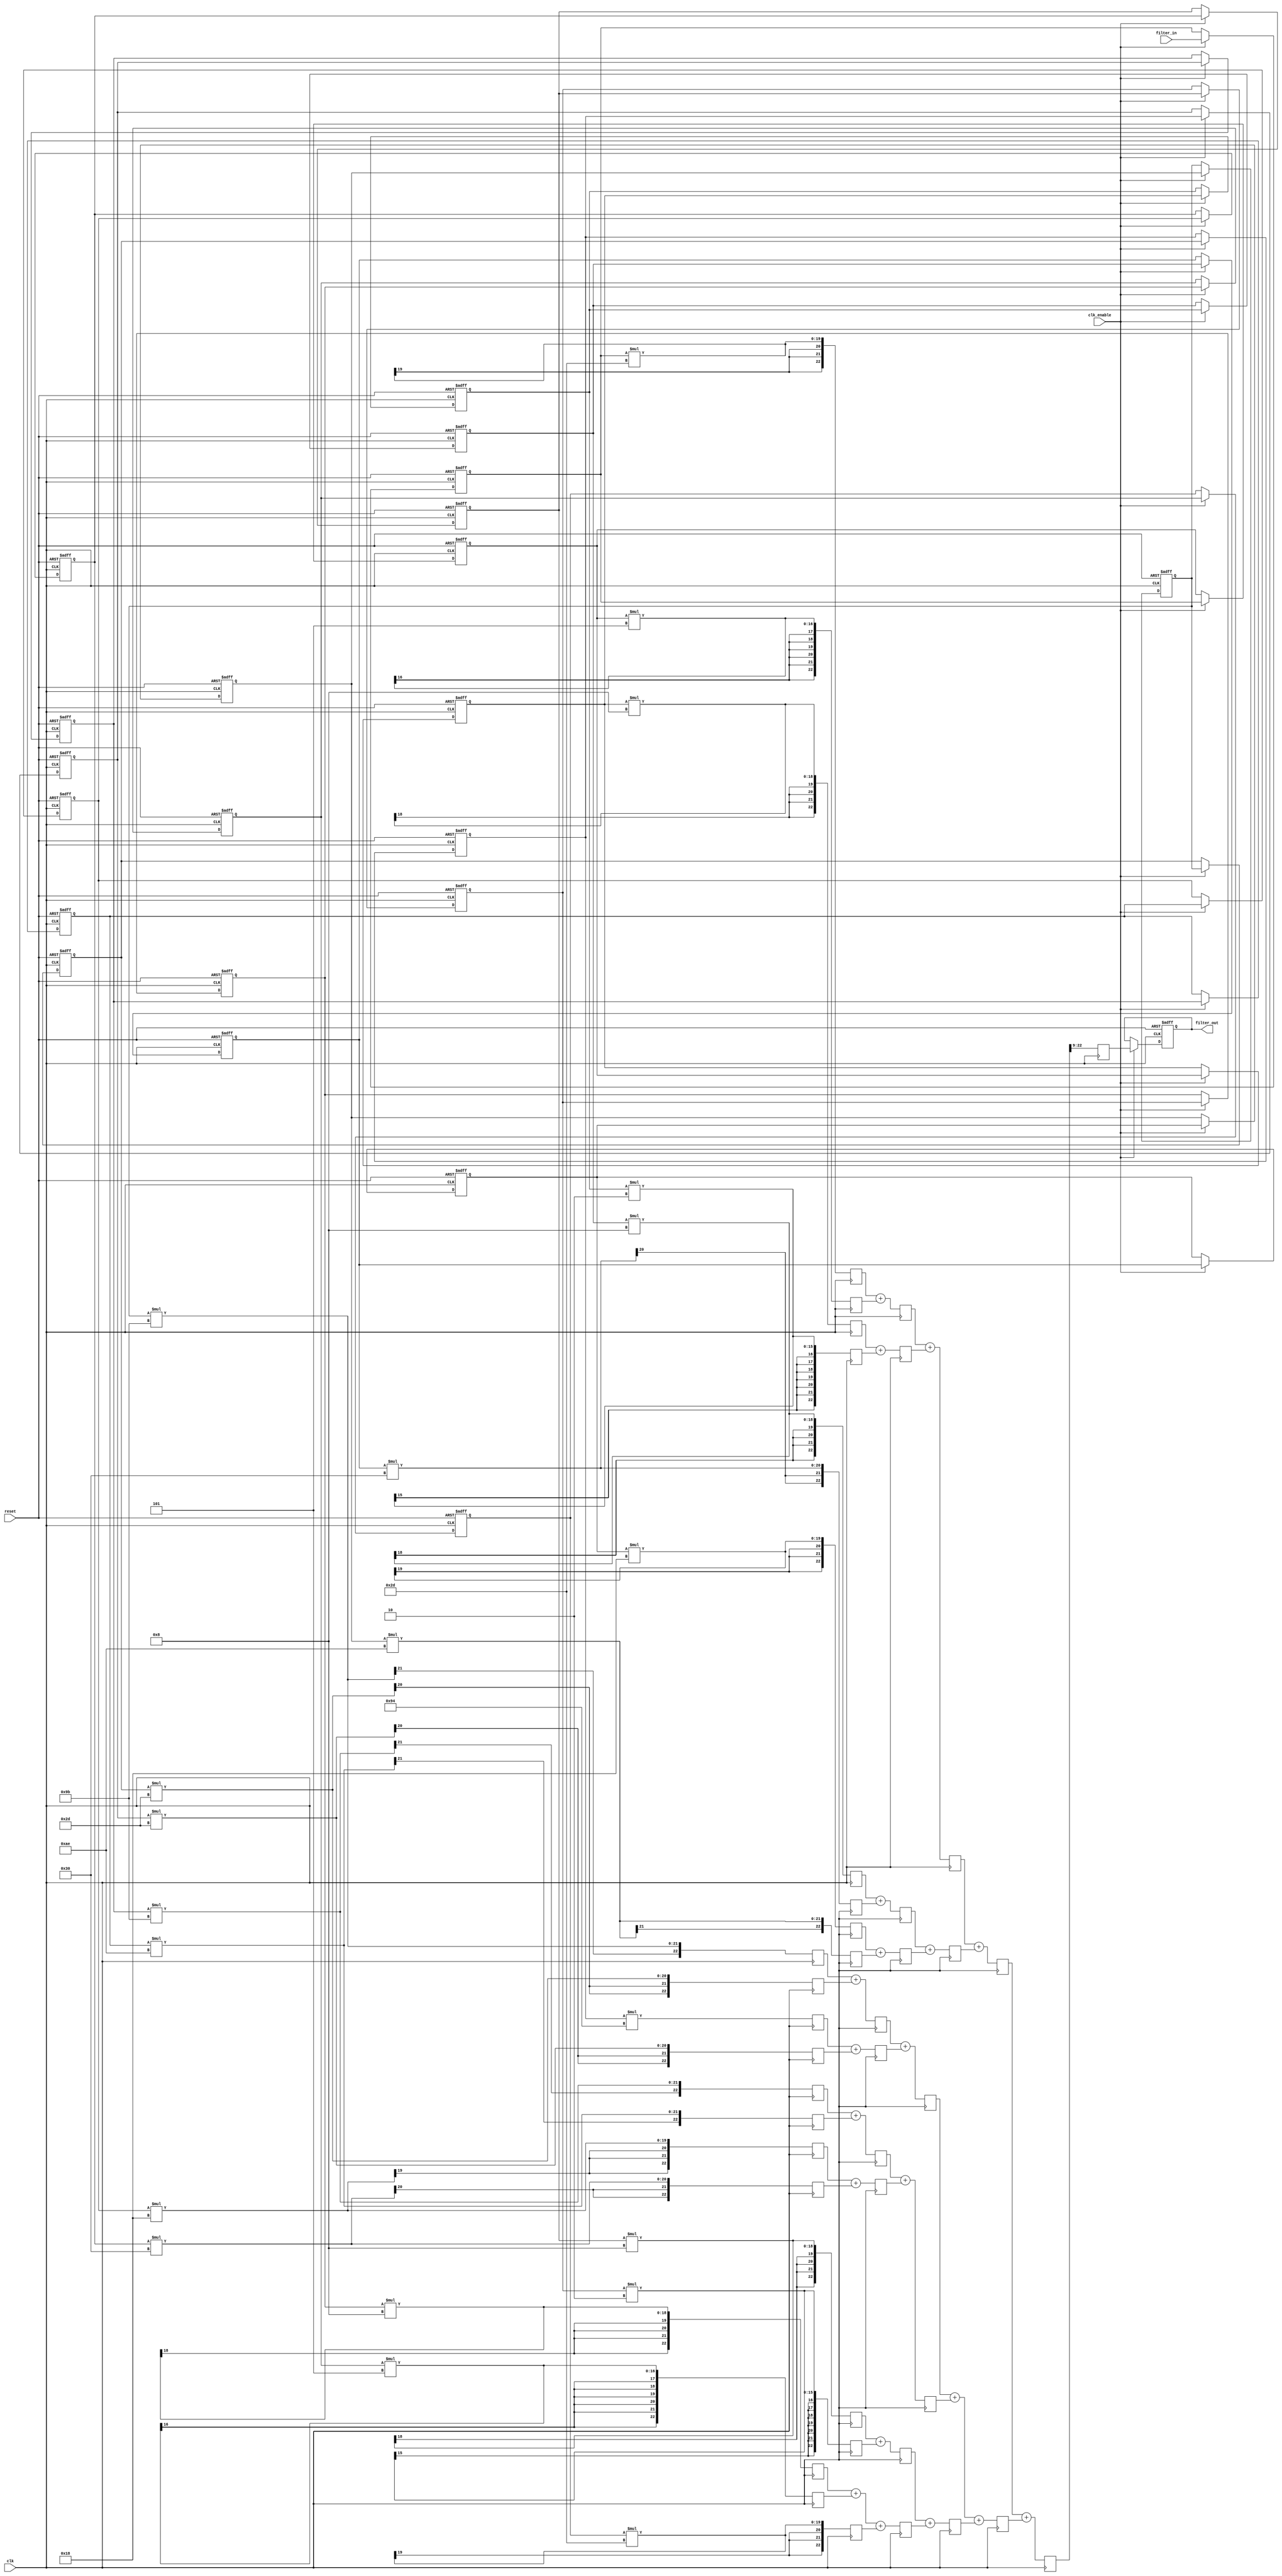

`timescale 1 ns / 1 ns

module filter
               (
                clk,
                clk_enable,
                reset,
                filter_in,
                filter_out
                );

  input   clk; 
  input   clk_enable; 
  input   reset; 
  input   signed [13:0] filter_in; //sfix14_En13
  output  signed [13:0] filter_out; //sfix14_En13

////////////////////////////////////////////////////////////////
//Module Architecture: filter
////////////////////////////////////////////////////////////////
  // Local Functions
  // Type Definitions
  // Constants
  parameter signed [9:0] coeff1 = 10'b1111101101; //sfix10_En9
  parameter signed [9:0] coeff2 = 10'b1111111101; //sfix10_En9
  parameter signed [9:0] coeff3 = 10'b0000001000; //sfix10_En9
  parameter signed [9:0] coeff4 = 10'b1111111110; //sfix10_En9
  parameter signed [9:0] coeff5 = 10'b0000001000; //sfix10_En9
  parameter signed [9:0] coeff6 = 10'b0000110000; //sfix10_En9
  parameter signed [9:0] coeff7 = 10'b0000011000; //sfix10_En9
  parameter signed [9:0] coeff8 = 10'b1110101110; //sfix10_En9
  parameter signed [9:0] coeff9 = 10'b1110011011; //sfix10_En9
  parameter signed [9:0] coeff10 = 10'b0000101101; //sfix10_En9
  parameter signed [9:0] coeff11 = 10'b0010010100; //sfix10_En9
  parameter signed [9:0] coeff12 = 10'b0000101101; //sfix10_En9
  parameter signed [9:0] coeff13 = 10'b1110011011; //sfix10_En9
  parameter signed [9:0] coeff14 = 10'b1110101110; //sfix10_En9
  parameter signed [9:0] coeff15 = 10'b0000011000; //sfix10_En9
  parameter signed [9:0] coeff16 = 10'b0000110000; //sfix10_En9
  parameter signed [9:0] coeff17 = 10'b0000001000; //sfix10_En9
  parameter signed [9:0] coeff18 = 10'b1111111110; //sfix10_En9
  parameter signed [9:0] coeff19 = 10'b0000001000; //sfix10_En9
  parameter signed [9:0] coeff20 = 10'b1111111101; //sfix10_En9
  parameter signed [9:0] coeff21 = 10'b1111101101; //sfix10_En9

  // Signals
  reg  signed [13:0] delay_pipeline [0:20] ; // sfix14_En13
  wire signed [23:0] product21; // sfix24_En22
  wire signed [23:0] product20; // sfix24_En22
  wire signed [23:0] product19; // sfix24_En22
  wire signed [23:0] product18; // sfix24_En22
  wire signed [14:0] mulpwr2_temp; // sfix15_En13
  wire signed [23:0] product17; // sfix24_En22
  wire signed [23:0] product16; // sfix24_En22
  wire signed [23:0] product15; // sfix24_En22
  wire signed [23:0] product14; // sfix24_En22
  wire signed [23:0] product13; // sfix24_En22
  wire signed [23:0] product12; // sfix24_En22
  wire signed [23:0] product11; // sfix24_En22
  wire signed [23:0] product10; // sfix24_En22
  wire signed [23:0] product9; // sfix24_En22
  wire signed [23:0] product8; // sfix24_En22
  wire signed [23:0] product7; // sfix24_En22
  wire signed [23:0] product6; // sfix24_En22
  wire signed [23:0] product5; // sfix24_En22
  wire signed [23:0] product4; // sfix24_En22
  wire signed [14:0] mulpwr2_temp_1; // sfix15_En13
  wire signed [23:0] product3; // sfix24_En22
  wire signed [23:0] product2; // sfix24_En22
  wire signed [24:0] product1_cast; // sfix25_En22
  wire signed [23:0] product1; // sfix24_En22
  wire signed [24:0] sum1; // sfix25_En22
  wire signed [24:0] add_signext; // sfix25_En22
  wire signed [24:0] add_signext_1; // sfix25_En22
  wire signed [25:0] add_temp; // sfix26_En22
  wire signed [24:0] sum2; // sfix25_En22
  wire signed [24:0] add_signext_2; // sfix25_En22
  wire signed [24:0] add_signext_3; // sfix25_En22
  wire signed [25:0] add_temp_1; // sfix26_En22
  wire signed [24:0] sum3; // sfix25_En22
  wire signed [24:0] add_signext_4; // sfix25_En22
  wire signed [24:0] add_signext_5; // sfix25_En22
  wire signed [25:0] add_temp_2; // sfix26_En22
  wire signed [24:0] sum4; // sfix25_En22
  wire signed [24:0] add_signext_6; // sfix25_En22
  wire signed [24:0] add_signext_7; // sfix25_En22
  wire signed [25:0] add_temp_3; // sfix26_En22
  wire signed [24:0] sum5; // sfix25_En22
  wire signed [24:0] add_signext_8; // sfix25_En22
  wire signed [24:0] add_signext_9; // sfix25_En22
  wire signed [25:0] add_temp_4; // sfix26_En22
  wire signed [24:0] sum6; // sfix25_En22
  wire signed [24:0] add_signext_10; // sfix25_En22
  wire signed [24:0] add_signext_11; // sfix25_En22
  wire signed [25:0] add_temp_5; // sfix26_En22
  wire signed [24:0] sum7; // sfix25_En22
  wire signed [24:0] add_signext_12; // sfix25_En22
  wire signed [24:0] add_signext_13; // sfix25_En22
  wire signed [25:0] add_temp_6; // sfix26_En22
  wire signed [24:0] sum8; // sfix25_En22
  wire signed [24:0] add_signext_14; // sfix25_En22
  wire signed [24:0] add_signext_15; // sfix25_En22
  wire signed [25:0] add_temp_7; // sfix26_En22
  wire signed [24:0] sum9; // sfix25_En22
  wire signed [24:0] add_signext_16; // sfix25_En22
  wire signed [24:0] add_signext_17; // sfix25_En22
  wire signed [25:0] add_temp_8; // sfix26_En22
  wire signed [24:0] sum10; // sfix25_En22
  wire signed [24:0] add_signext_18; // sfix25_En22
  wire signed [24:0] add_signext_19; // sfix25_En22
  wire signed [25:0] add_temp_9; // sfix26_En22
  wire signed [24:0] sum11; // sfix25_En22
  wire signed [24:0] add_signext_20; // sfix25_En22
  wire signed [24:0] add_signext_21; // sfix25_En22
  wire signed [25:0] add_temp_10; // sfix26_En22
  wire signed [24:0] sum12; // sfix25_En22
  wire signed [24:0] add_signext_22; // sfix25_En22
  wire signed [24:0] add_signext_23; // sfix25_En22
  wire signed [25:0] add_temp_11; // sfix26_En22
  wire signed [24:0] sum13; // sfix25_En22
  wire signed [24:0] add_signext_24; // sfix25_En22
  wire signed [24:0] add_signext_25; // sfix25_En22
  wire signed [25:0] add_temp_12; // sfix26_En22
  wire signed [24:0] sum14; // sfix25_En22
  wire signed [24:0] add_signext_26; // sfix25_En22
  wire signed [24:0] add_signext_27; // sfix25_En22
  wire signed [25:0] add_temp_13; // sfix26_En22
  wire signed [24:0] sum15; // sfix25_En22
  wire signed [24:0] add_signext_28; // sfix25_En22
  wire signed [24:0] add_signext_29; // sfix25_En22
  wire signed [25:0] add_temp_14; // sfix26_En22
  wire signed [24:0] sum16; // sfix25_En22
  wire signed [24:0] add_signext_30; // sfix25_En22
  wire signed [24:0] add_signext_31; // sfix25_En22
  wire signed [25:0] add_temp_15; // sfix26_En22
  wire signed [24:0] sum17; // sfix25_En22
  wire signed [24:0] add_signext_32; // sfix25_En22
  wire signed [24:0] add_signext_33; // sfix25_En22
  wire signed [25:0] add_temp_16; // sfix26_En22
  wire signed [24:0] sum18; // sfix25_En22
  wire signed [24:0] add_signext_34; // sfix25_En22
  wire signed [24:0] add_signext_35; // sfix25_En22
  wire signed [25:0] add_temp_17; // sfix26_En22
  wire signed [24:0] sum19; // sfix25_En22
  wire signed [24:0] add_signext_36; // sfix25_En22
  wire signed [24:0] add_signext_37; // sfix25_En22
  wire signed [25:0] add_temp_18; // sfix26_En22
  wire signed [24:0] sum20; // sfix25_En22
  wire signed [24:0] add_signext_38; // sfix25_En22
  wire signed [24:0] add_signext_39; // sfix25_En22
  wire signed [25:0] add_temp_19; // sfix26_En22
  wire signed [13:0] output_typeconvert; // sfix14_En13
  reg  signed [13:0] output_register; // sfix14_En13

// adding new Pipe Line ***************************************************************************************************** //
  reg signed [23:0] Product_pipe_0;
  reg signed [23:0] Product_pipe_1;
  reg signed [23:0] Product_pipe_2;
  reg signed [23:0] Product_pipe_3;
  reg signed [23:0] Product_pipe_4;
  reg signed [23:0] Product_pipe_5;
  reg signed [23:0] Product_pipe_6;
  reg signed [23:0] Product_pipe_7;
  reg signed [23:0] Product_pipe_8;
  reg signed [23:0] Product_pipe_9;
  reg signed [23:0] Product_pipe_10;
  reg signed [23:0] Product_pipe_11;
  reg signed [23:0] Product_pipe_12;
  reg signed [23:0] Product_pipe_13;
  reg signed [23:0] Product_pipe_14;
  reg signed [23:0] Product_pipe_15;
  reg signed [23:0] Product_pipe_16;
  reg signed [23:0] Product_pipe_17;
  reg signed [23:0] Product_pipe_18;
  reg signed [23:0] Product_pipe_19;
  reg signed [23:0] Product_pipe_20; 

  reg signed [23:0] Adder_Tree_0;
  reg signed [23:0] Adder_Tree_1;
  reg signed [23:0] Adder_Tree_2;
  reg signed [23:0] Adder_Tree_3;
  reg signed [23:0] Adder_Tree_4;
  reg signed [23:0] Adder_Tree_5;
  reg signed [23:0] Adder_Tree_6;
  reg signed [23:0] Adder_Tree_7;
  reg signed [23:0] Adder_Tree_8;
  reg signed [23:0] Adder_Tree_9;

// stage 2'nd for adding tree *************************************************************************************************  //
  reg signed [23:0] Adder_TreeB_0;
  reg signed [23:0] Adder_TreeB_1;
  reg signed [23:0] Adder_TreeB_2;
  reg signed [23:0] Adder_TreeB_3;
  reg signed [23:0] Adder_TreeB_4;

// stage 3'nd for adding tree *************************************************************************************************  //
  reg signed [23:0] Adder_TreeC_0;
  reg signed [23:0] Adder_TreeC_1;
  reg signed [23:0] Adder_TreeC_2;

  reg signed [23:0] Adder_TreeD_0;

  reg signed [13:0] output_staged;

  always @(posedge clk )
    begin 
      // Register Product Results
      Product_pipe_0 <= delay_pipeline[0] * coeff1;
      Product_pipe_1 <= delay_pipeline[1] * coeff2;
      Product_pipe_2 <= delay_pipeline[2] * coeff3;
      Product_pipe_3 <= delay_pipeline[3] * coeff4;
      Product_pipe_4 <= delay_pipeline[4] * coeff5;
      Product_pipe_5 <= delay_pipeline[5] * coeff6;
      Product_pipe_6 <= delay_pipeline[6] * coeff7;
      Product_pipe_7 <= delay_pipeline[7] * coeff8;
      Product_pipe_8 <= delay_pipeline[8] * coeff9;
      Product_pipe_9 <= delay_pipeline[9] * coeff10;
      Product_pipe_10 <= delay_pipeline[10] * coeff11;
      Product_pipe_11 <= delay_pipeline[11] * coeff12;
      Product_pipe_12 <= delay_pipeline[12] * coeff13;
      Product_pipe_13 <= delay_pipeline[13] * coeff14;
      Product_pipe_14 <= delay_pipeline[14] * coeff15;
      Product_pipe_15 <= delay_pipeline[15] * coeff16;
      Product_pipe_16 <= delay_pipeline[16] * coeff17;
      Product_pipe_17 <= delay_pipeline[17] * coeff18;
      Product_pipe_18 <= delay_pipeline[18] * coeff19;
      Product_pipe_19 <= delay_pipeline[19] * coeff20;
      Product_pipe_20 <= delay_pipeline[20] * coeff21;

// Adder Tree ******************************************************************************************************************* //
      Adder_Tree_0 <= Product_pipe_0 + Product_pipe_1;
      Adder_Tree_1 <= Product_pipe_2 + Product_pipe_3;
      Adder_Tree_2 <= Product_pipe_4 + Product_pipe_5;
      Adder_Tree_3 <= Product_pipe_6 + Product_pipe_7;
      Adder_Tree_4 <= Product_pipe_8 + Product_pipe_9;
      Adder_Tree_5 <= Product_pipe_10 + Product_pipe_11;
      Adder_Tree_6 <= Product_pipe_12 + Product_pipe_13;
      Adder_Tree_7 <= Product_pipe_14 + Product_pipe_15;
      Adder_Tree_8 <= Product_pipe_16 + Product_pipe_17;
      Adder_Tree_9 <= Product_pipe_18 + Product_pipe_19 + Product_pipe_20;
      
      Adder_TreeB_0 <= Adder_Tree_0 + Adder_Tree_1;
      Adder_TreeB_1 <= Adder_Tree_2 + Adder_Tree_3;
      Adder_TreeB_2 <= Adder_Tree_4 + Adder_Tree_5;
      Adder_TreeB_3 <= Adder_Tree_6 + Adder_Tree_7;
      Adder_TreeB_4 <= Adder_Tree_8 + Adder_Tree_9;

      Adder_TreeC_0 <= Adder_TreeB_0 + Adder_TreeB_1;
      Adder_TreeC_1 <= Adder_TreeB_2 + Adder_TreeB_3 + Adder_TreeB_4;

      Adder_TreeD_0 <= Adder_TreeC_0 + Adder_TreeC_1;

      output_staged <= {Adder_TreeD_0[22:9]};
      


      
    end   
  // Block Statements
  always @( posedge clk or posedge reset)
    begin: Delay_Pipeline_process
      if (reset == 1'b1) begin
        delay_pipeline[0] <= 0;
        delay_pipeline[1] <= 0;
        delay_pipeline[2] <= 0;
        delay_pipeline[3] <= 0;
        delay_pipeline[4] <= 0;
        delay_pipeline[5] <= 0;
        delay_pipeline[6] <= 0;
        delay_pipeline[7] <= 0;
        delay_pipeline[8] <= 0;
        delay_pipeline[9] <= 0;
        delay_pipeline[10] <= 0;
        delay_pipeline[11] <= 0;
        delay_pipeline[12] <= 0;
        delay_pipeline[13] <= 0;
        delay_pipeline[14] <= 0;
        delay_pipeline[15] <= 0;
        delay_pipeline[16] <= 0;
        delay_pipeline[17] <= 0;
        delay_pipeline[18] <= 0;
        delay_pipeline[19] <= 0;
        delay_pipeline[20] <= 0;
      end
      else begin
        if (clk_enable == 1'b1) begin
          delay_pipeline[0] <= filter_in;
          delay_pipeline[1] <= delay_pipeline[0];
          delay_pipeline[2] <= delay_pipeline[1];
          delay_pipeline[3] <= delay_pipeline[2];
          delay_pipeline[4] <= delay_pipeline[3];
          delay_pipeline[5] <= delay_pipeline[4];
          delay_pipeline[6] <= delay_pipeline[5];
          delay_pipeline[7] <= delay_pipeline[6];
          delay_pipeline[8] <= delay_pipeline[7];
          delay_pipeline[9] <= delay_pipeline[8];
          delay_pipeline[10] <= delay_pipeline[9];
          delay_pipeline[11] <= delay_pipeline[10];
          delay_pipeline[12] <= delay_pipeline[11];
          delay_pipeline[13] <= delay_pipeline[12];
          delay_pipeline[14] <= delay_pipeline[13];
          delay_pipeline[15] <= delay_pipeline[14];
          delay_pipeline[16] <= delay_pipeline[15];
          delay_pipeline[17] <= delay_pipeline[16];
          delay_pipeline[18] <= delay_pipeline[17];
          delay_pipeline[19] <= delay_pipeline[18];
          delay_pipeline[20] <= delay_pipeline[19];
        end
      end
    end // Delay_Pipeline_process

/*
  assign product21 = delay_pipeline[20] * coeff21;

  assign product20 = delay_pipeline[19] * coeff20;

  assign product19 = $signed({delay_pipeline[18][13:0], 3'b000});

  assign mulpwr2_temp = (delay_pipeline[17]==14'b10000000000000) ? $signed({1'b0, delay_pipeline[17]}) : -delay_pipeline[17];

  assign product18 = $signed({mulpwr2_temp[14:0], 1'b0});

  assign product17 = $signed({delay_pipeline[16][13:0], 3'b000});

  assign product16 = delay_pipeline[15] * coeff16;

  assign product15 = delay_pipeline[14] * coeff15;

  assign product14 = delay_pipeline[13] * coeff14;

  assign product13 = delay_pipeline[12] * coeff13;

  assign product12 = delay_pipeline[11] * coeff12;

  assign product11 = delay_pipeline[10] * coeff11;

  assign product10 = delay_pipeline[9] * coeff10;

  assign product9 = delay_pipeline[8] * coeff9;

  assign product8 = delay_pipeline[7] * coeff8;

  assign product7 = delay_pipeline[6] * coeff7;

  assign product6 = delay_pipeline[5] * coeff6;

  assign product5 = $signed({delay_pipeline[4][13:0], 3'b000});

  assign mulpwr2_temp_1 = (delay_pipeline[3]==14'b10000000000000) ? $signed({1'b0, delay_pipeline[3]}) : -delay_pipeline[3];

  assign product4 = $signed({mulpwr2_temp_1[14:0], 1'b0});

  assign product3 = $signed({delay_pipeline[2][13:0], 3'b000});

  assign product2 = delay_pipeline[1] * coeff2;

  assign product1_cast = $signed({{1{product1[23]}}, product1});

  assign product1 = delay_pipeline[0] * coeff1;

  assign add_signext = product1_cast;
  assign add_signext_1 = $signed({{1{product2[23]}}, product2});
  assign add_temp = add_signext + add_signext_1;
  assign sum1 = add_temp[24:0];

  assign add_signext_2 = sum1;
  assign add_signext_3 = $signed({{1{product3[23]}}, product3});
  assign add_temp_1 = add_signext_2 + add_signext_3;
  assign sum2 = add_temp_1[24:0];

  assign add_signext_4 = sum2;
  assign add_signext_5 = $signed({{1{product4[23]}}, product4});
  assign add_temp_2 = add_signext_4 + add_signext_5;
  assign sum3 = add_temp_2[24:0];

  assign add_signext_6 = sum3;
  assign add_signext_7 = $signed({{1{product5[23]}}, product5});
  assign add_temp_3 = add_signext_6 + add_signext_7;
  assign sum4 = add_temp_3[24:0];

  assign add_signext_8 = sum4;
  assign add_signext_9 = $signed({{1{product6[23]}}, product6});
  assign add_temp_4 = add_signext_8 + add_signext_9;
  assign sum5 = add_temp_4[24:0];

  assign add_signext_10 = sum5;
  assign add_signext_11 = $signed({{1{product7[23]}}, product7});
  assign add_temp_5 = add_signext_10 + add_signext_11;
  assign sum6 = add_temp_5[24:0];

  assign add_signext_12 = sum6;
  assign add_signext_13 = $signed({{1{product8[23]}}, product8});
  assign add_temp_6 = add_signext_12 + add_signext_13;
  assign sum7 = add_temp_6[24:0];

  assign add_signext_14 = sum7;
  assign add_signext_15 = $signed({{1{product9[23]}}, product9});
  assign add_temp_7 = add_signext_14 + add_signext_15;
  assign sum8 = add_temp_7[24:0];

  assign add_signext_16 = sum8;
  assign add_signext_17 = $signed({{1{product10[23]}}, product10});
  assign add_temp_8 = add_signext_16 + add_signext_17;
  assign sum9 = add_temp_8[24:0];

  assign add_signext_18 = sum9;
  assign add_signext_19 = $signed({{1{product11[23]}}, product11});
  assign add_temp_9 = add_signext_18 + add_signext_19;
  assign sum10 = add_temp_9[24:0];

  assign add_signext_20 = sum10;
  assign add_signext_21 = $signed({{1{product12[23]}}, product12});
  assign add_temp_10 = add_signext_20 + add_signext_21;
  assign sum11 = add_temp_10[24:0];

  assign add_signext_22 = sum11;
  assign add_signext_23 = $signed({{1{product13[23]}}, product13});
  assign add_temp_11 = add_signext_22 + add_signext_23;
  assign sum12 = add_temp_11[24:0];

  assign add_signext_24 = sum12;
  assign add_signext_25 = $signed({{1{product14[23]}}, product14});
  assign add_temp_12 = add_signext_24 + add_signext_25;
  assign sum13 = add_temp_12[24:0];

  assign add_signext_26 = sum13;
  assign add_signext_27 = $signed({{1{product15[23]}}, product15});
  assign add_temp_13 = add_signext_26 + add_signext_27;
  assign sum14 = add_temp_13[24:0];

  assign add_signext_28 = sum14;
  assign add_signext_29 = $signed({{1{product16[23]}}, product16});
  assign add_temp_14 = add_signext_28 + add_signext_29;
  assign sum15 = add_temp_14[24:0];

  assign add_signext_30 = sum15;
  assign add_signext_31 = $signed({{1{product17[23]}}, product17});
  assign add_temp_15 = add_signext_30 + add_signext_31;
  assign sum16 = add_temp_15[24:0];

  assign add_signext_32 = sum16;
  assign add_signext_33 = $signed({{1{product18[23]}}, product18});
  assign add_temp_16 = add_signext_32 + add_signext_33;
  assign sum17 = add_temp_16[24:0];

  assign add_signext_34 = sum17;
  assign add_signext_35 = $signed({{1{product19[23]}}, product19});
  assign add_temp_17 = add_signext_34 + add_signext_35;
  assign sum18 = add_temp_17[24:0];

  assign add_signext_36 = sum18;
  assign add_signext_37 = $signed({{1{product20[23]}}, product20});
  assign add_temp_18 = add_signext_36 + add_signext_37;
  assign sum19 = add_temp_18[24:0];

  assign add_signext_38 = sum19;
  assign add_signext_39 = $signed({{1{product21[23]}}, product21});
  assign add_temp_19 = add_signext_38 + add_signext_39;
  assign sum20 = add_temp_19[24:0];

  assign output_typeconvert = (sum20[22:0] + {sum20[9], {8{~sum20[9]}}})>>>9;
*/
  always @ (posedge clk or posedge reset)
    begin: Output_Register_process
      if (reset == 1'b1) begin
        output_register <= 0;
      end
      else begin
        if (clk_enable == 1'b1) begin
          output_register <= output_staged;
        end
      end
    end // Output_Register_process

  // Assignment Statements
  assign filter_out = output_register;
endmodule  // filter